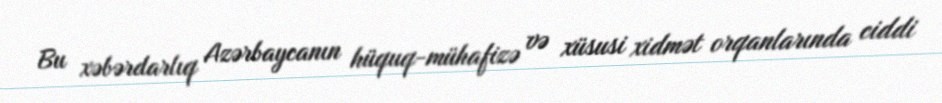
Bu xəbərdarlıq Azərbaycanın hüquq-mühafizə və xüsusi xidmət orqanlarında ciddi